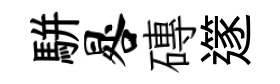
駢晷磚𨗹